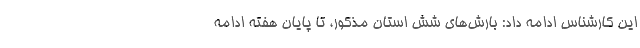
این کارشناس ادامه داد: بارش‌های شش استان مذکور، تا پایان هفته ادامه